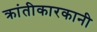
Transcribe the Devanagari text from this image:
क्रांतीकारकानी